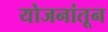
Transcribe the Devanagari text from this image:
योजनांतून